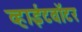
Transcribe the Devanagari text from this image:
व्हाईटवॉटर